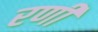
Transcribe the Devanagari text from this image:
रणीं